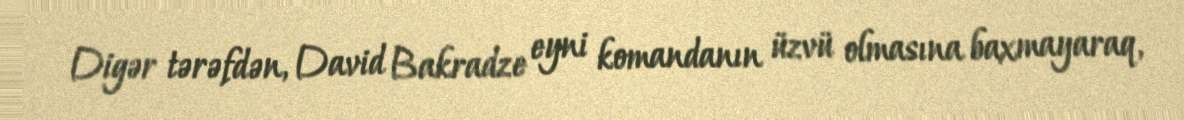
Digər tərəfdən, David Bakradze eyni komandanın üzvü olmasına baxmayaraq,